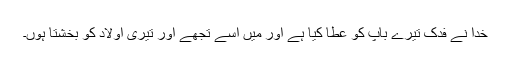
خدا نے فدک تیرے باپ کو عطا کیا ہے اور میں اسے تجھے اور تیری اولاد کو بخشتا ہوں۔